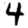
Digit: 4